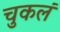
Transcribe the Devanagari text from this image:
चुकलं